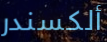
ألكسندر